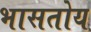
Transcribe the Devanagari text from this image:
भासतोय